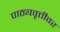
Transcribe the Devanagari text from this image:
पाठ्यवृत्तीवर